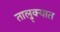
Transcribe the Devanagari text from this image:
तालु्क्यात